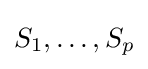
S_{1},\dots ,S_{p}